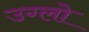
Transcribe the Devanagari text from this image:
उग्लो